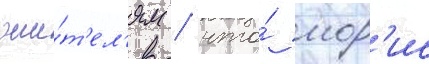
жи́т'ел'ям / что́ мор'ис